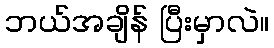
ဘယ်အချိန် ပြီးမှာလဲ။